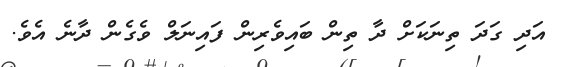
އަދި ގަދަ ތިނަކަށް ދާ ތިން ބައިވެރިން ފައިނަލް ވެގެން ދާނެ އެވެ.